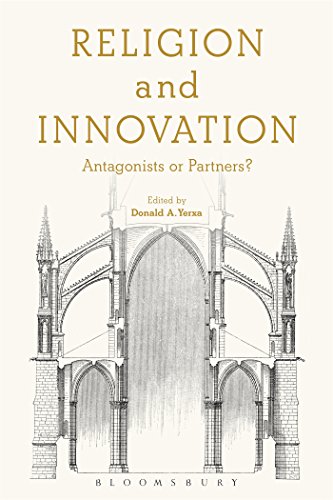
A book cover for Religion and Innovation: Antagonists or Partners?; History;